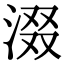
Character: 涰